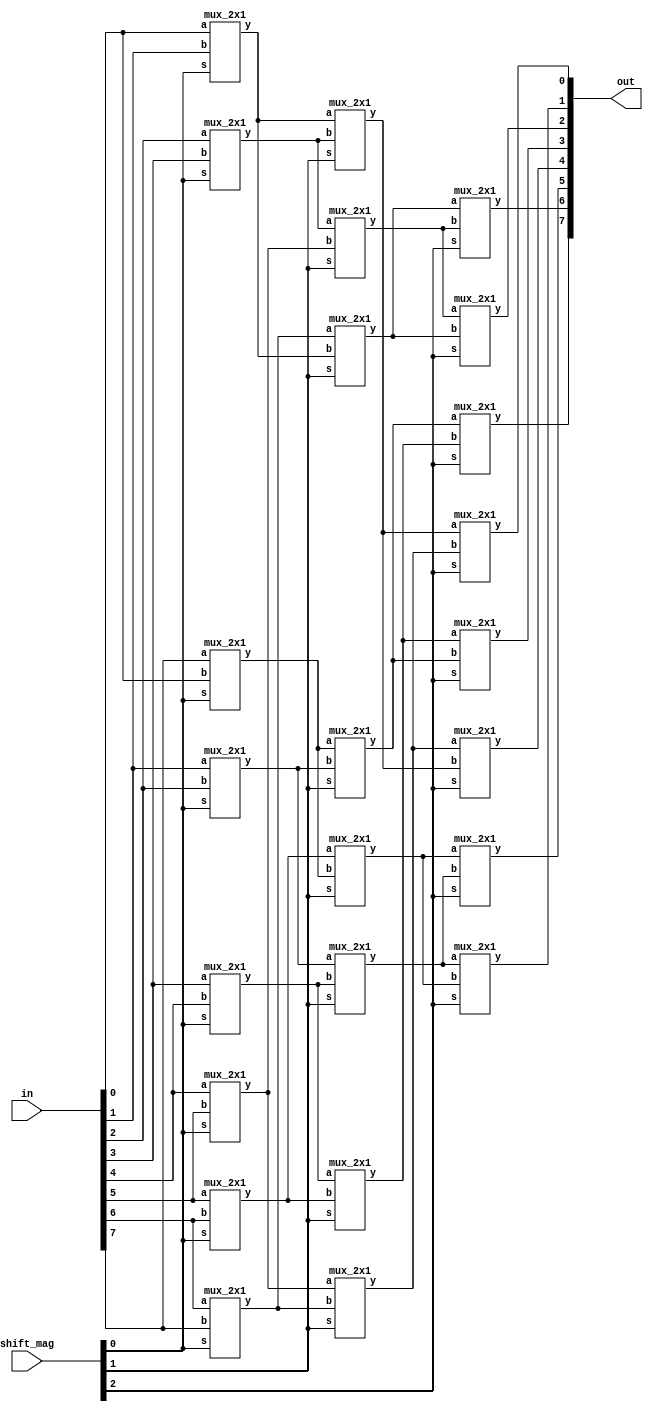
`timescale 1ns / 1ps

module Barrel_shifter(
input [7:0] in,
    input [2:0] shift_mag,
    output [7:0] out
    );
    wire [7:0] o1, o2; 

    mux_2x1 m0 (in[0], in[1], o1[0], shift_mag[0]);
    mux_2x1 m1 (in[1], in[2], o1[1], shift_mag[0]);
    mux_2x1 m2 (in[2], in[3], o1[2], shift_mag[0]);
    mux_2x1 m3 (in[3], in[4], o1[3], shift_mag[0]);
    mux_2x1 m4 (in[4], in[5], o1[4], shift_mag[0]);
    mux_2x1 m5 (in[5], in[6], o1[5], shift_mag[0]);
    mux_2x1 m6 (in[6], in[7], o1[6], shift_mag[0]);
    mux_2x1 m7 (in[7], in[0], o1[7], shift_mag[0]);
    
    mux_2x1 m8 (o1[0], o1[2], o2[0], shift_mag[1]);
    mux_2x1 m9 (o1[1], o1[3], o2[1], shift_mag[1]);
    mux_2x1 m10 (o1[2], o1[4], o2[2], shift_mag[1]);
    mux_2x1 m11 (o1[3], o1[5], o2[3], shift_mag[1]);
    mux_2x1 m12 (o1[4], o1[6], o2[4], shift_mag[1]);
    mux_2x1 m13 (o1[5], o1[7], o2[5],shift_mag[1]);
    mux_2x1 m14 (o1[6], o1[0], o2[6], shift_mag[1]);
    mux_2x1 m15 (o1[7], o1[1], o2[7], shift_mag[1]);
  
    mux_2x1 m16 (o2[0], o2[4], out[0], shift_mag[2]);
    mux_2x1 m17 (o2[1], o2[5], out[1], shift_mag[2]);
    mux_2x1 m18 (o2[2], o2[6], out[2], shift_mag[2]);
    mux_2x1 m19 (o2[3], o2[7], out[3], shift_mag[2]);
    mux_2x1 m20 (o2[4], o2[0], out[4], shift_mag[2]);
    mux_2x1 m21 (o2[5], o2[1], out[5], shift_mag[2]);
    mux_2x1 m22 (o2[6], o2[2], out[6], shift_mag[2]);
    mux_2x1 m23 (o2[7], o2[3], out[7], shift_mag[2]);
    
endmodule

module mux_2x1 (a,b,y,s);
    input a,b;
    output y;
    input s;
    
    assign y=(b&s)|(a&(~s));
endmodule